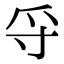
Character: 寽